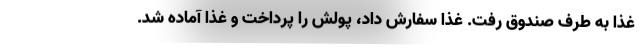
غذا به طرف صندوق رفت. غذا سفارش داد، پولش را پرداخت و غذا آماده شد.